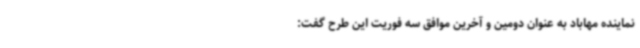
نماینده مهاباد به عنوان دومین و آخرین موافق سه فوریت این طرح گفت: